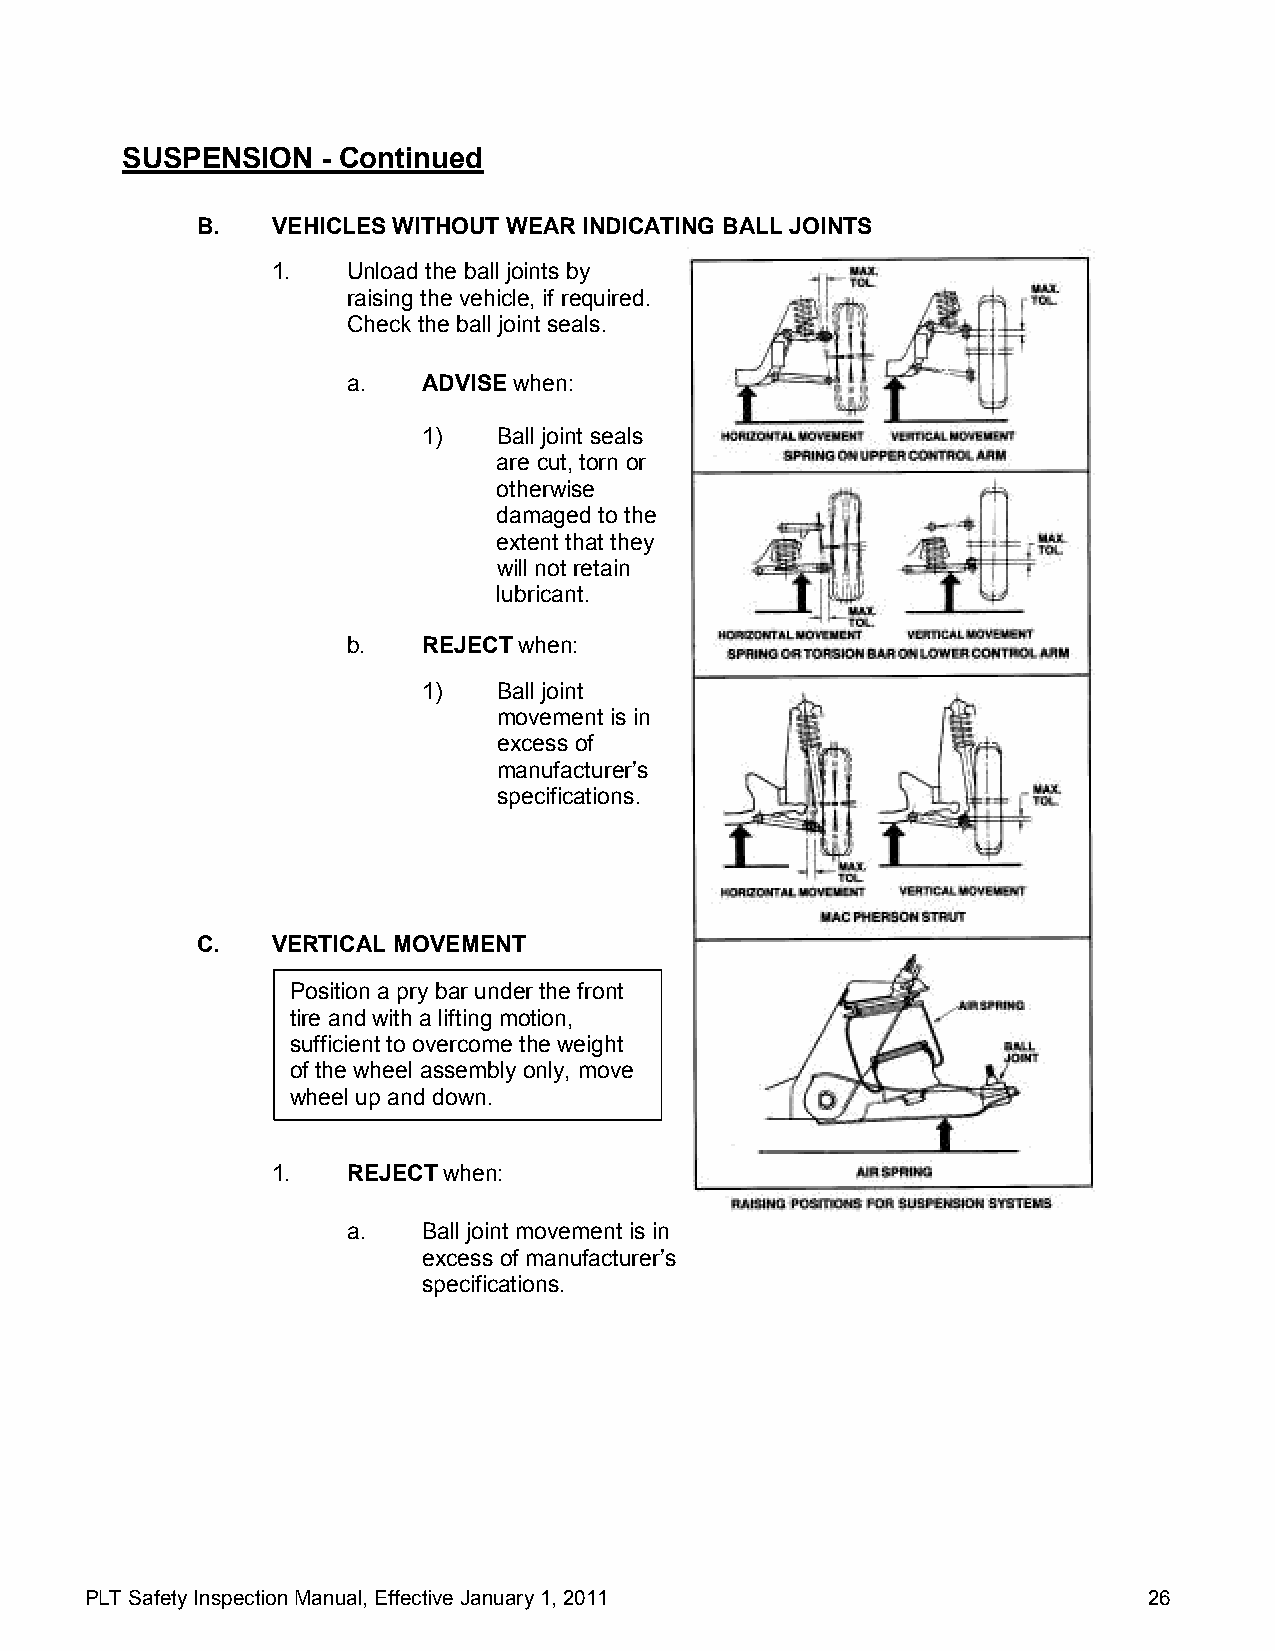
SUSPENSION   - Continued
 B.   VEHICLES WITHOUT WEAR INDICATING BALL JOINTS
 1.   Unload the ball joints by
 raising the vehicle, if required.
 Check the ball joint seals.
 a.   ADVISE when:
 1)   Ball joint seals
 are cut, torn or
 otherwise
 damaged to the
 extent that they
 will not retain
 lubricant.
 b.   REJECT when:
 1)   Ball joint
 movement is in
 excess of
 manufacturer’s
 specifications.
 C.   VERTICAL MOVEMENT
 Position a pry bar under the front
 tire and with a lifting motion,
 sufficient to overcome the weight
 of the wheel assembly only, move
 wheel up and down.
 1.   REJECT when:
 a.   Ball joint movement is in
 excess of manufacturer’s
 specifications.
 PLT Safety Inspection Manual, Effective January 1, 2011               26